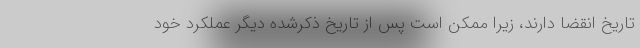
تاریخ انقضا دارند، زیرا ممکن است پس از تاریخ ذکرشده دیگر عملکرد خود